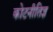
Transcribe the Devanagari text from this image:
कोटनीतिज्ञ